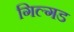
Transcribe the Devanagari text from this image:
गिल्गड